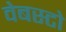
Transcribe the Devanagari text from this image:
वेबस्टो